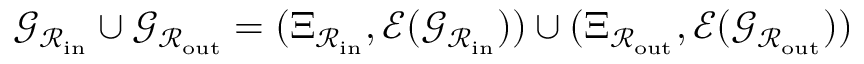
{ \mathcal G } _ { { \mathcal R } _ { \mathrm { i n } } } \cup { \mathcal G } _ { { \mathcal R } _ { \mathrm { o u t } } } = ( \Xi _ { { \mathcal R } _ { \mathrm { i n } } } , { \mathcal E } ( { \mathcal G } _ { { \mathcal R } _ { \mathrm { i n } } } ) ) \cup ( \Xi _ { { \mathcal R } _ { \mathrm { o u t } } } , { \mathcal E } ( { \mathcal G } _ { { \mathcal R } _ { \mathrm { o u t } } } ) )